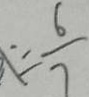
= \frac { 6 } { 7 }